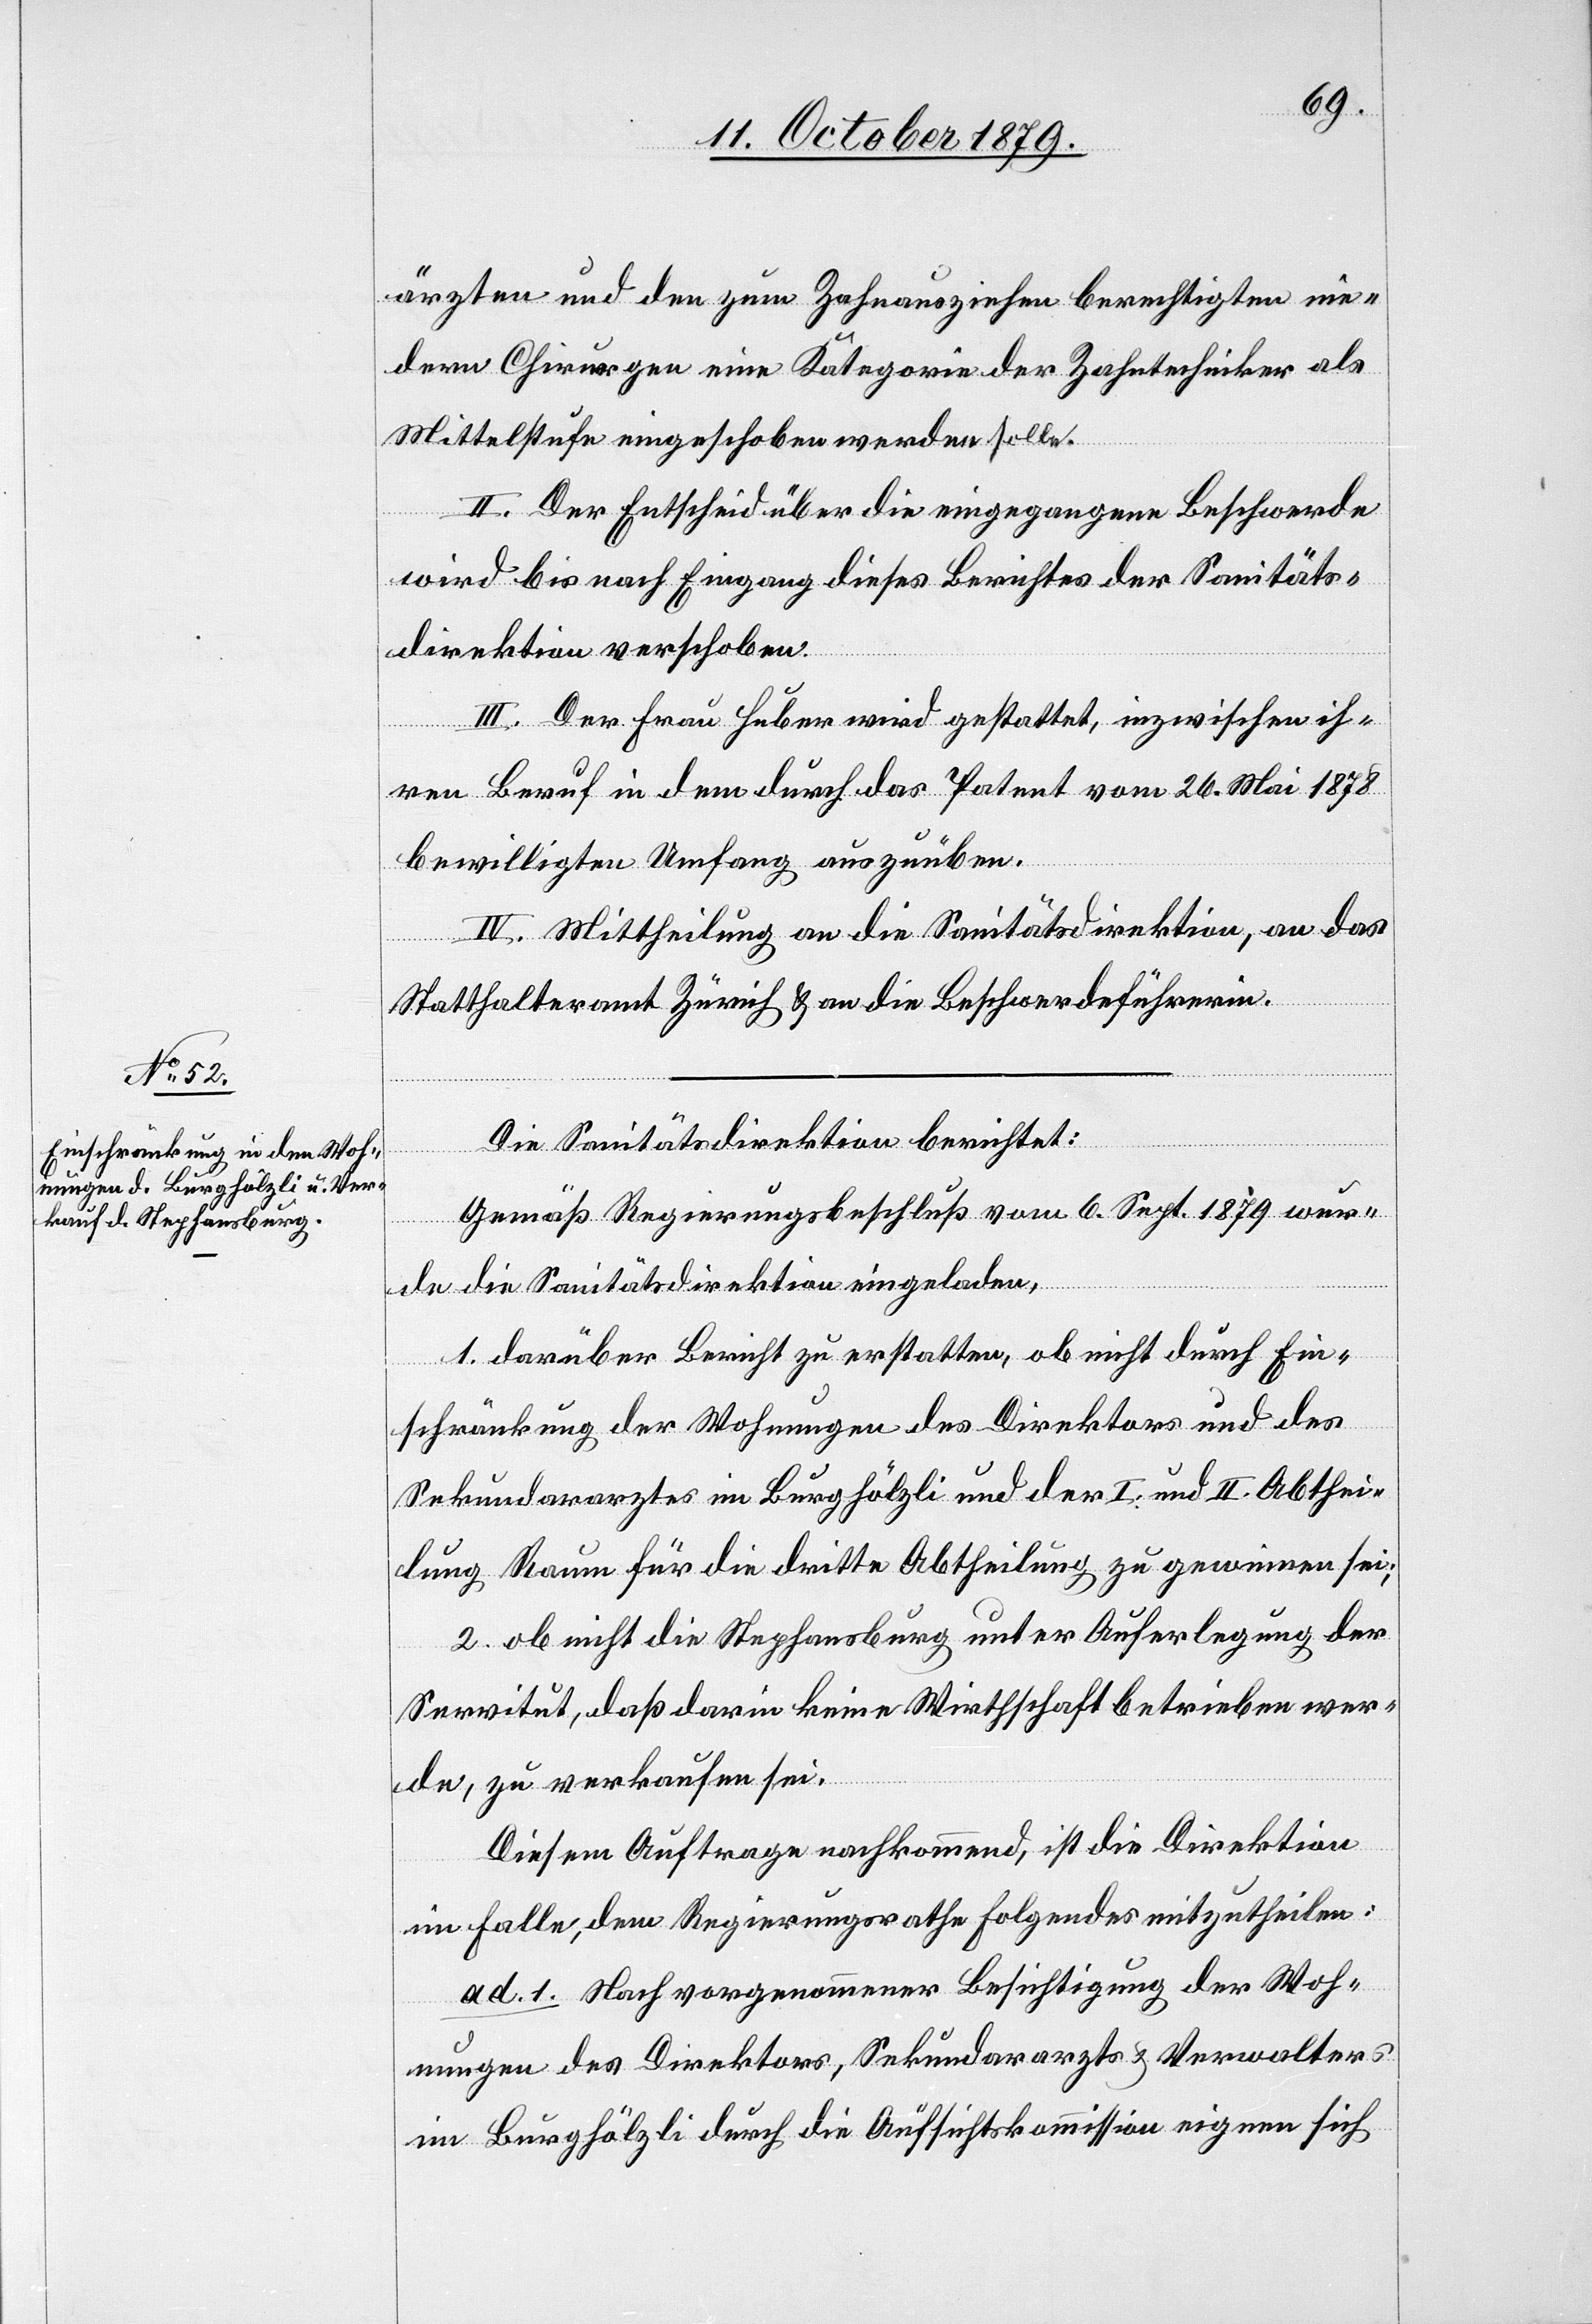
ärzten und den zum Zahnausziehen berechtigten nie¬
deren Chirurgen eine Kategorie der Zahntechniker als
Mittelstufe eingeschoben werden solle.
II. Der Entscheid über die eingegangene Beschwerde
wird bis nach Eingang dieses Berichtes der Sanitäts¬
direktion verschoben.
III. Der Frau Huber wird gestattet, inzwischen ih¬
ren Beruf in dem durch das Patent vom 26. Mai 1878
bewilligten Umfang auszuüben.
IV. Mittheilung an die Sanitätsdirektion, an das
Statthalteramt Zürich & an die Beschwerdeführerin.
Die Sanitätsdirektion berichtet:
Gemäß Regierungsbeschluß vom 6. Sept. 1879 wur¬
de die Sanitätsdirektion eingeladen,
1. darüber Bericht zu erstatten, ob nicht durch Ein¬
schränkung der Wohnungen des Direktors und des
Sekundararztes im Burghölzli und der I. und II. Abthei¬
lung Raum für die dritte Abtheilung zu gewinnen sei;
2. ob nicht die Stephansburg unter Auferlegung der
Servitut, daß darin keine Mietschaft betrieben wer¬
de, zu verkaufen sei.
Diesem Auftrage nachkommend, ist die Direktion
im Falle, dem Regierungsrathe folgendes mitzutheilen:
ad. 1. Nach vorgenommener Besichtigung der Woh¬
nungen des Direktors, Sekundararzts & Verwalter
im Burghölzli durch die Aufsichtskommission eignen sich